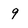
Character: 9